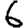
Digit: 6